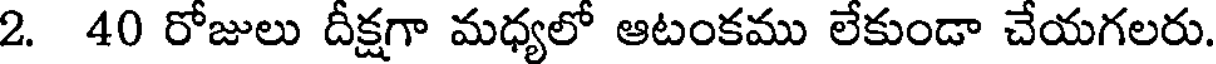
2. 40 రోజులు దీక్షగా మధ్యలో ఆటంకము లేకుండా చేయగలరు.